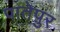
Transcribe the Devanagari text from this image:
पातेपुर